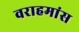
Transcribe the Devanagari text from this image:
वराहमांस